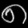
Digit: ၈